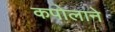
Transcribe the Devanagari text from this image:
कपोलाने